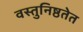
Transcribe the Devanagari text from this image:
वस्तुनिष्ठतेत